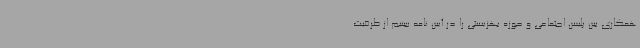
همکاری بین پلیس اجتماعی و حوزه بهزیستی را در آیین نامه ببینیم از ظرفیت